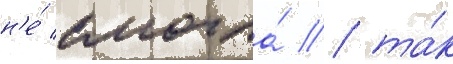
н'е́ смогла́ / та́к